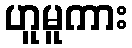
ဟူမူကား